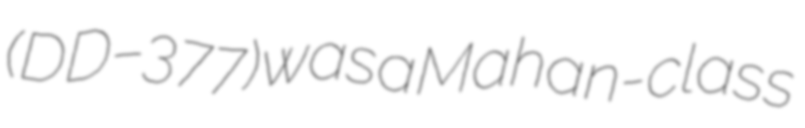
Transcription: (DD–377) was a Mahan-class